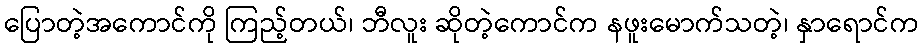
ပြောတဲ့အကောင်ကို ကြည့်တယ်၊ ဘီလူး ဆိုတဲ့ကောင်က နဖူးမောက်သတဲ့၊ နှာရောင်က